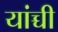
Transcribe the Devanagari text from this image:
यांच्ची